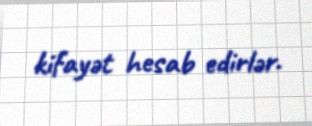
kifayət hesab edirlər.